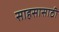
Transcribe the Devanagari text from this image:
साहसासाठी